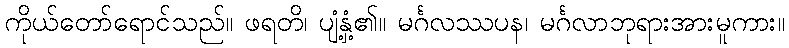
ကိုယ်တော်ရောင်သည်။ ဖရတိ၊ ပျံ့နှံ့၏။ မင်္ဂလဿပန၊ မင်္ဂလာဘုရားအားမူကား။